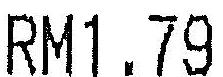
RM1.79